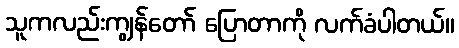
သူကလည်းကျွန်တော် ပြောတာကို လက်ခံပါတယ်။